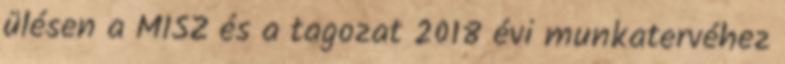
ülésen a MISZ és a tagozat 2018 évi munkatervéhez